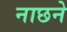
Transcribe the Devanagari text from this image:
नाछने